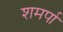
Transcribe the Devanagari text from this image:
शमर्पा